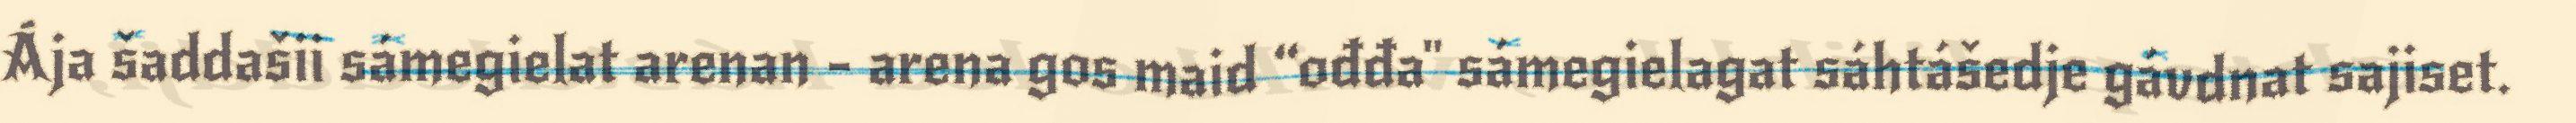
Ája šaddašii sámegielat arenan - arena gos maid “ođđa" sámegielagat sáhtášedje gávdnat sajiset.